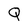
Character: Q